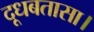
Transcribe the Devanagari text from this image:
दूधबतासा।